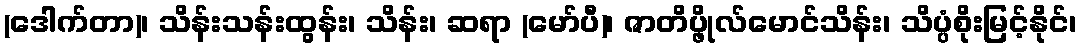
(ဒေါက်တာ)၊ သိန်းသန်းထွန်း၊ သိန်း၊ ဆရာ (မော်ပီ)၊ ဇာတိပ္ဖိုလ်မောင်သိန်း၊ သိပ္ပံစိုးမြင့်နိုင်၊